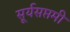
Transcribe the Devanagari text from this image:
सूर्यसप्तमी